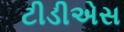
ટીડીએસ